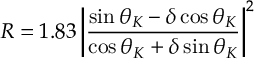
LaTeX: R = 1 . 8 3 \left| { \frac { \sin \theta _ { K } - \delta \cos \theta _ { K } } { \cos \theta _ { K } + \delta \sin \theta _ { K } } } \right| ^ { 2 }